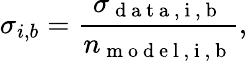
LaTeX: \sigma_{i,b}=\frac{\sigma_{\mathrm{~d~a~t~a~,~i~,~b~}}}{n_{\mathrm{~m~o~d~e~l~,~i~,~b~}}},